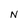
Character: N